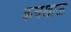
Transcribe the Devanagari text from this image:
कचखाऊ